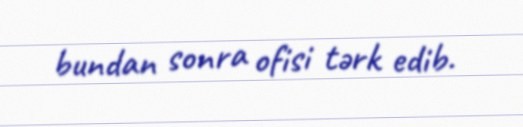
bundan sonra ofisi tərk edib.